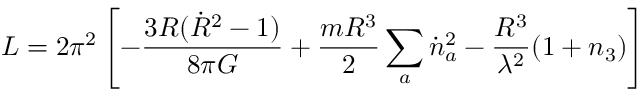
L = 2 \pi ^ { 2 } \left[ - \frac { 3 R ( \dot { R } ^ { 2 } - 1 ) } { 8 \pi G } + \frac { m R ^ { 3 } } { 2 } \sum _ { a } \dot { n } _ { a } ^ { 2 } - \frac { R ^ { 3 } } { \lambda ^ { 2 } } ( 1 + n _ { 3 } ) \right]